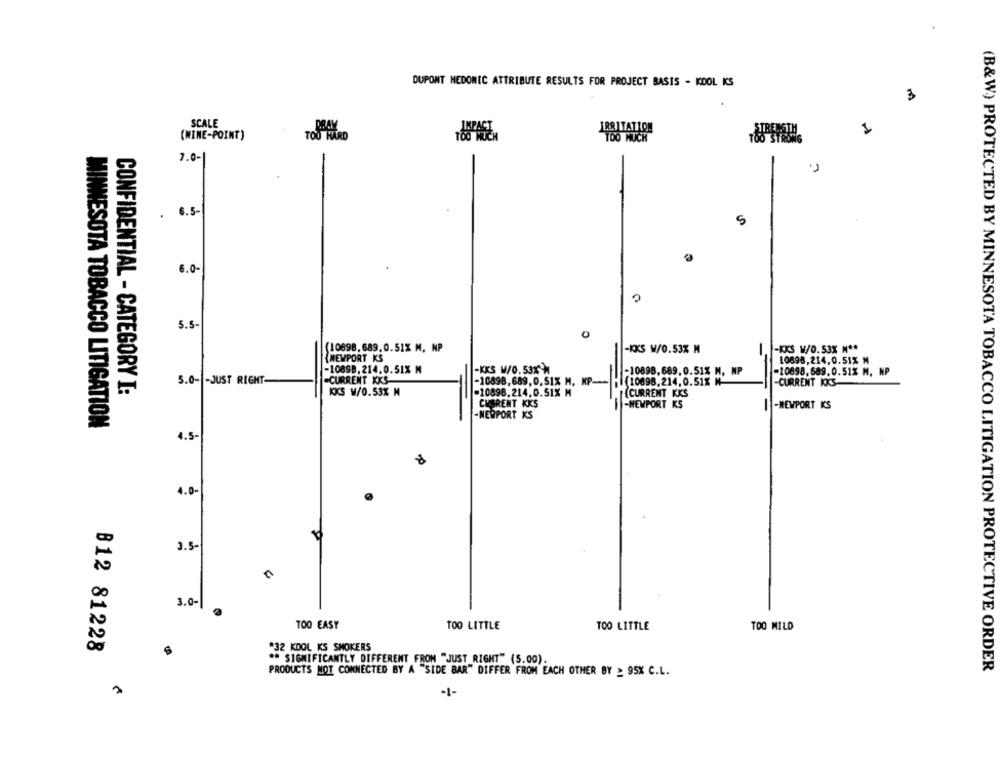
DUPONT MEDONIC ATTRIBUTE RESULTS FOR PROJECT BASIS - KDOL KS
3
SCALE
1
(WINE-POINT)
TOO HARD
7.0-
. 6.5-
5
6.0-
5.5
0
(10898.689.0.51% M. NP
-KKS W/0.53% M
-KKS W/0.53% M **
NEWPORT KS
10898,214.0.51% M
-10898. 214.0.51% M
-KKS W/0.53%'M
-10898.689. 0.51% M. NP
-10898.689.0.51% M, NP
5.0- - JUST RIGHT-
-CURRENT XKS
-10898,689, 0,51% M, MP ---
(10698.214. 0.51% M
-CURRENT KKS
CONFIDENTIAL - CATEGORY I:
KKS W/0.53% M
-10898.214.0.51% M
{CURRENT KKS
CURRENT KKS
-NEWPORT KS
-NEWPORT KS
-NEWPORT KS
MINNESOTA TOBACCO LITIGATION
4.5-
4.0-
3.5-
3.0-
TOO EASY
TOO LITTLE
TOO LITTLE
TOO MILO
B12 81228
#32 KOOL KS SMOKERS
** SIGNIFICANTLY DIFFERENT FROM "JUST RIGHT" (5.00)
(B&W.) PROTECTED BY MINNESOTA TOBACCO LITIGATION PROTECTIVE ORDER
PRODUCTS NOT CONNECTED BY A "SIDE BAR" DIFFER FROM EACH OTHER BY _ 95% C.L.
-1-